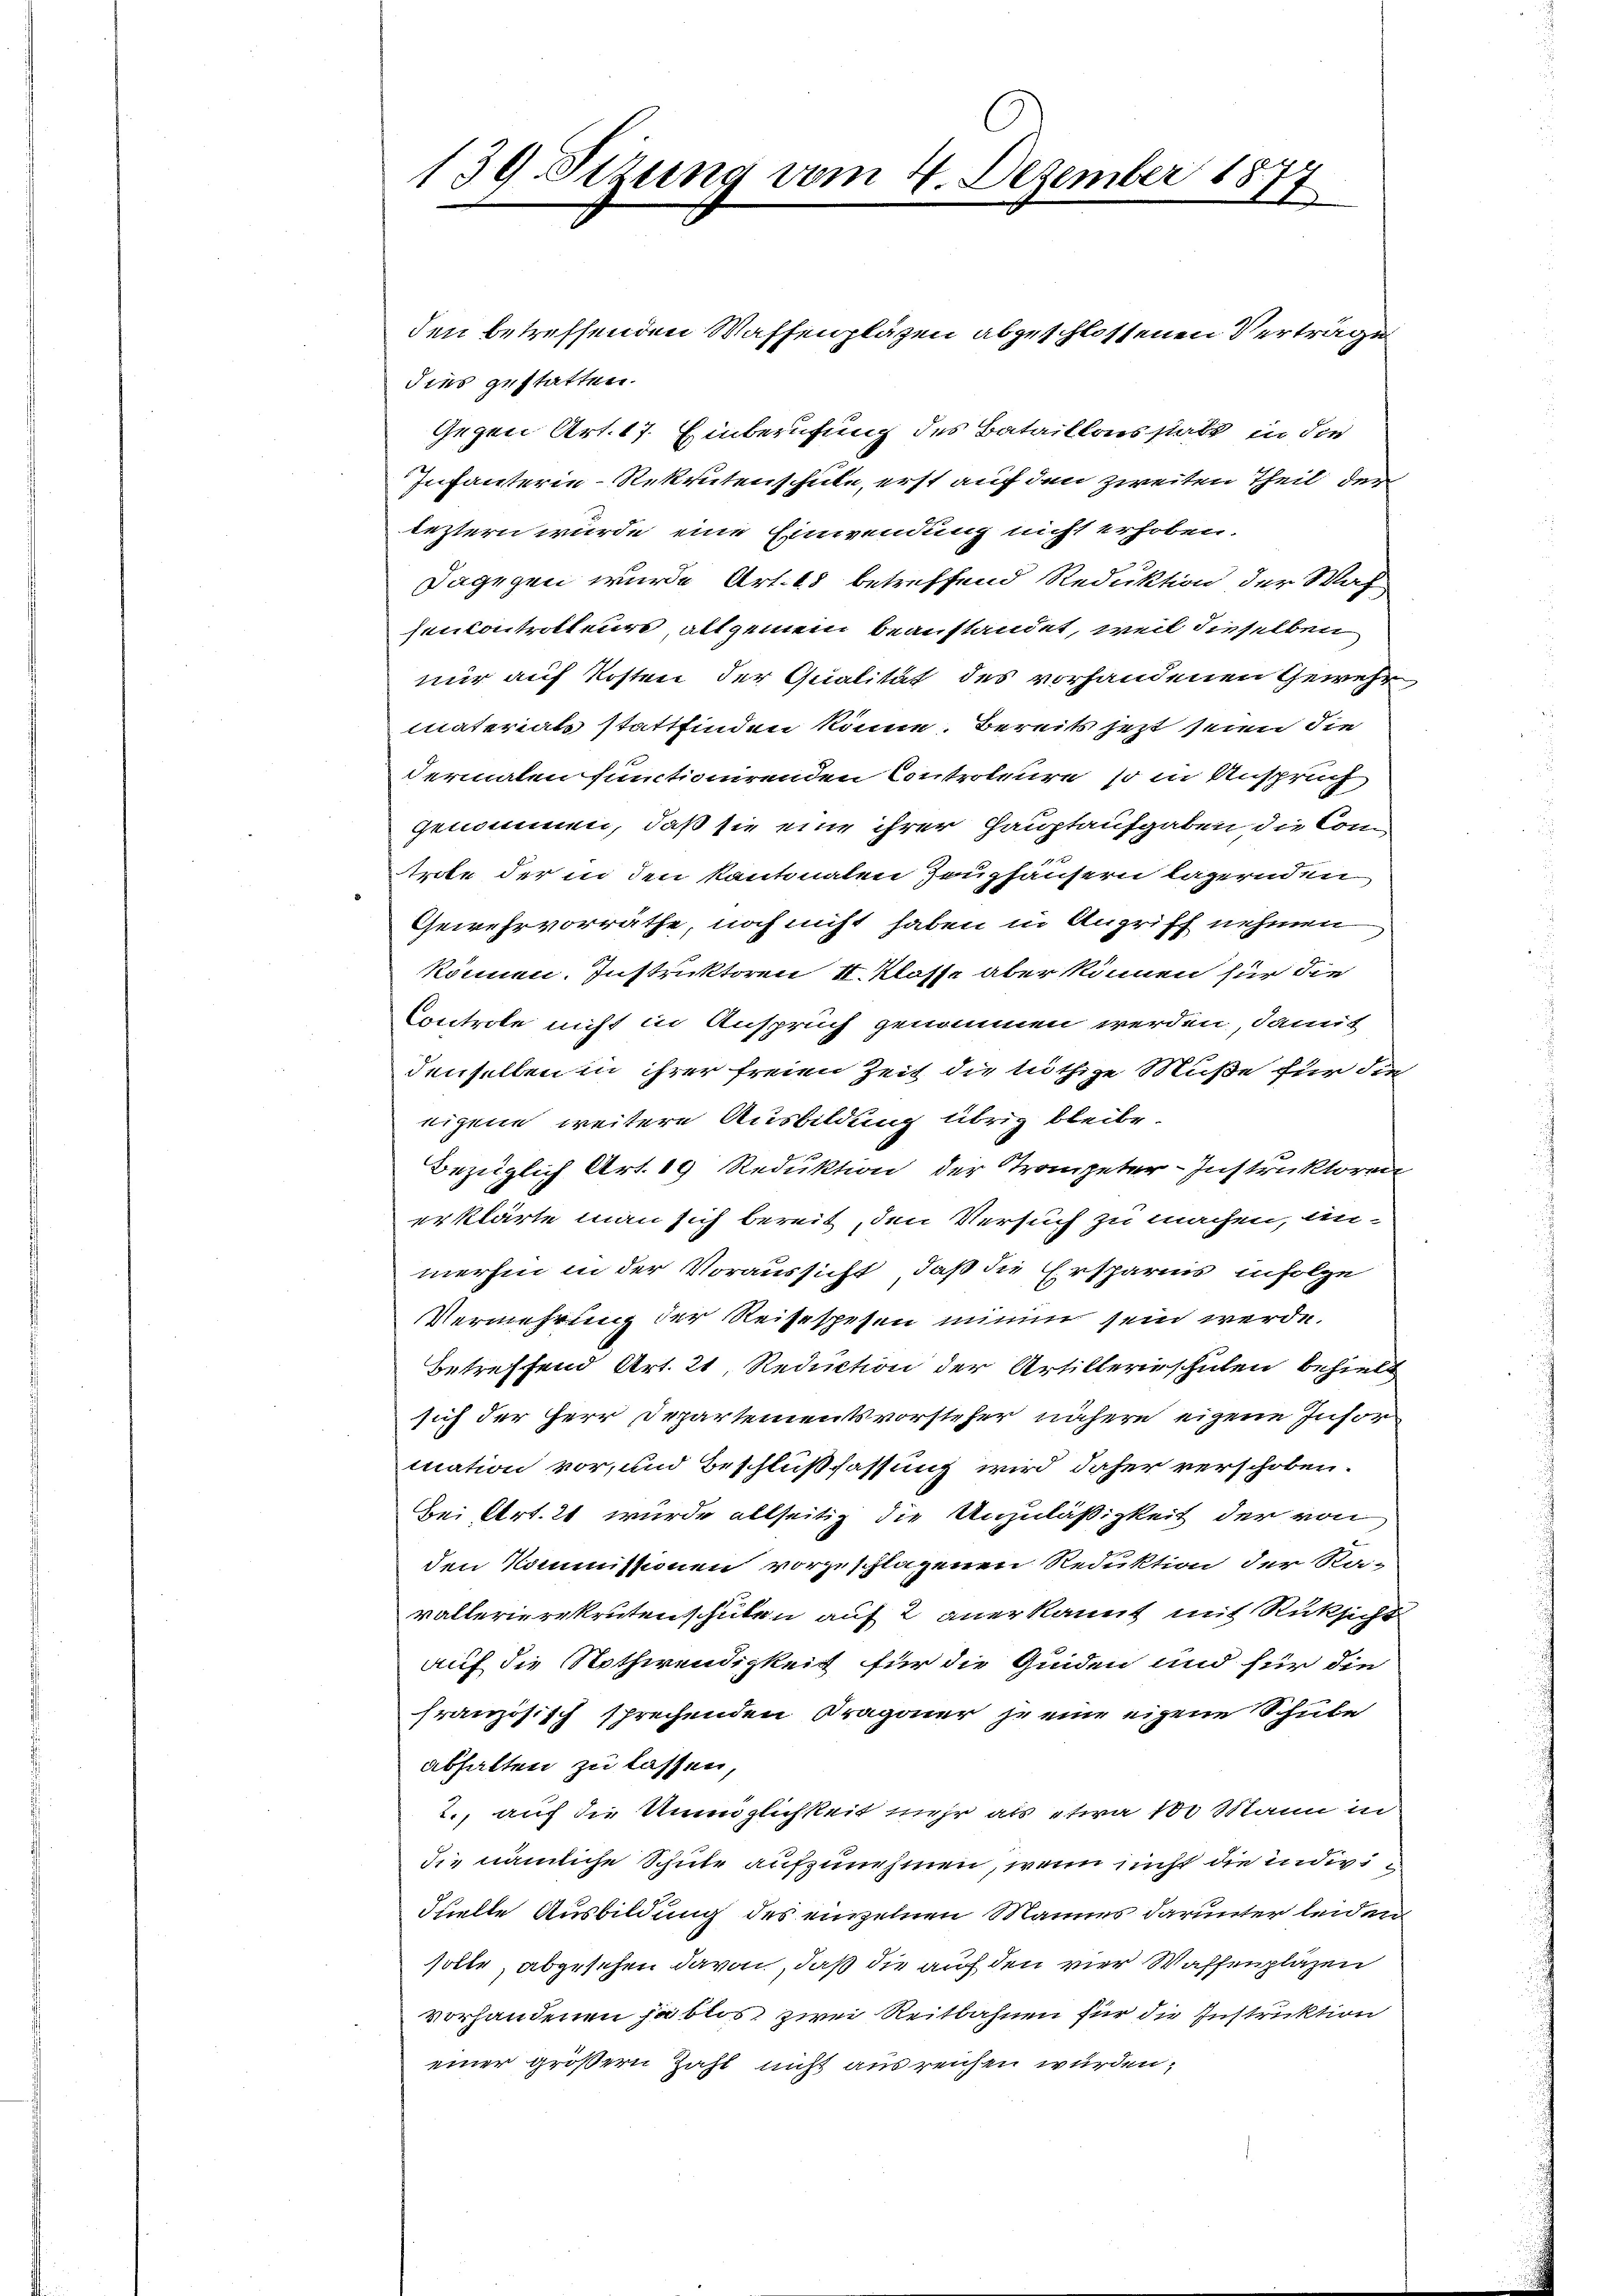
dies gestatten.
Gegen Art. 17. Hinberufung des Bataillonis statt in die
Infanterie-Rekrutenschule, erst auf den zweiten Theil der
leztern wurde eine Einwendung nicht erhoben.
Dagegen wurde Art. 18 betreffend Reduktion der Waf
sencontrotteurs, allgemein beanstandet, weil dieselben
nur auf Kosten der Qualität des vorhandenen Gewehr
materials stattfinden könne. Bereits jetzt seien die
dermalen functionirenden Controleure, so in Anspruch
genommen, daß sie eine ihrer Hauptaufgaben die Com-
trole der in den Kantonalen Zeughäusern lagernden
Gewehrvorräthe, noch nicht haben in Angriff nehmen
können. Instruktoren 1. Klasse aber können für die
Controle nicht in Anspruch genommen werden, damit
denselben in ihrer freien Zeit die lüthige Muße für die
eigene weitere Ausbildung übrig bleibe.
Bezüglich Art. 19 Reduktion der Trompeter-Instruktoren
erklärte man sich bereit, den Versuch zu machen, anmerhin in der Voraussicht, daß die Ersparnis infolge
Vermehrung der Reisespesen minum sein werde.
Betreffend Art. 21, Reduction der Artillerieschulen behielt
sich der Herr Departementsvorsteher nähere eigene Insor
mation vor, und Beschlußfassung wird daher verschoben.
Bei Art. 21 wurde allseitig die Unzuläßigkeit der von
den Kommissionen vorgeschlagenen Reduktion der Ra-
vallerierekrutenschulen auf 2 anerkannt mit Rüksicht
auf die Nothwendigkeit für die Quiden und für die
französisch sprechenden Pragoner je eine eigene Schule
abhalten zu lassen,
2., auf die Unmöglichkeit mehr als etwa 100 Mann in
die nämliche Schule aufzunehmen, wenn sich die individuelle Ausbildung des einzelnen Mannes darunter leiden
solle, abgesehen davon, daß die auf den vier Waffenplazen
vorhandenen ja blos zwei Reitbahnen für die Instruktion
einer größern Zahl nicht ausreichen wurden,

139 Sizung vom 4. Dezember 1877

den betreffenden Waffenplätzen abgeschlossenen Verträge